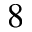
^ { 8 }